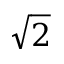
\sqrt { 2 }